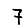
Digit: 7